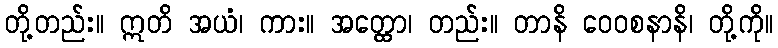
တို့တည်း။ ဣတိ အယံ၊ ကား။ အတ္ထော၊ တည်း။ တာနိ ဝေဝစနာနိ၊ တို့ကို။